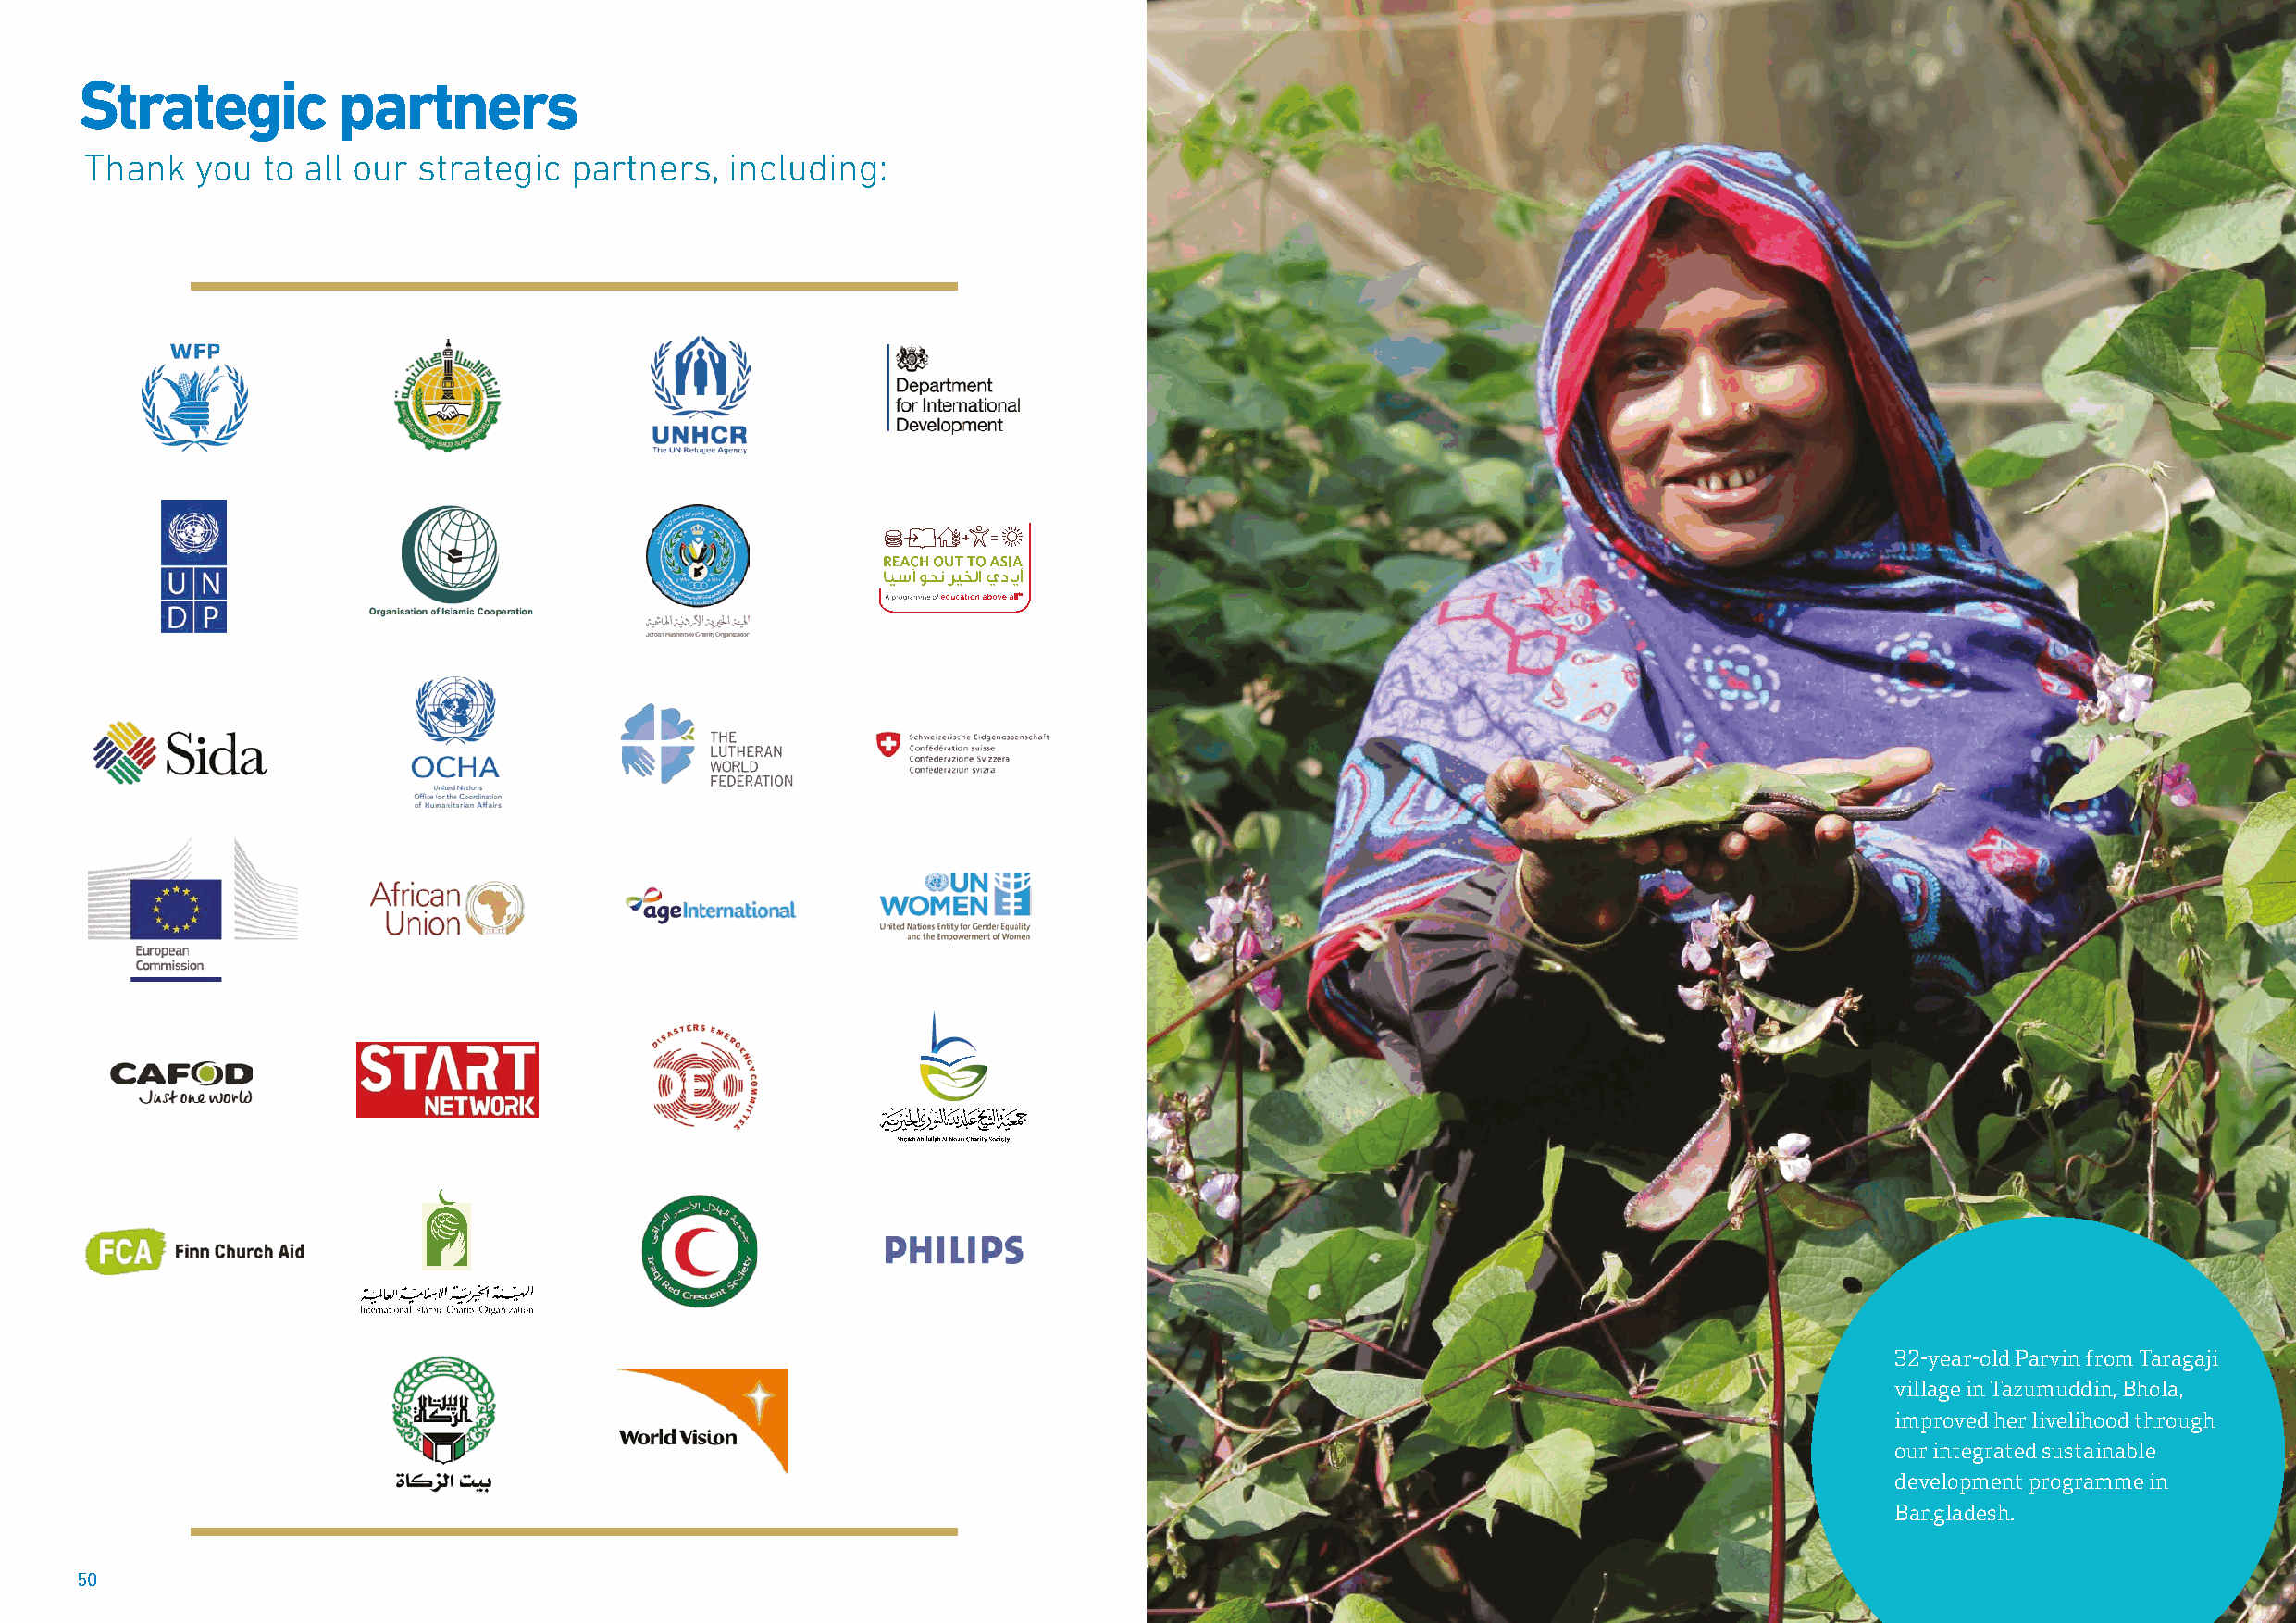
Strategic         partners
 Thank   you  to all our strategic  partners,  including:
 32-year-old Parvin from Taragaji
 village in Tazumuddin, Bhola,
 improved her livelihood through
 our integrated sustainable
 development programme in
 Bangladesh.
 50                                                                                                                                                      51